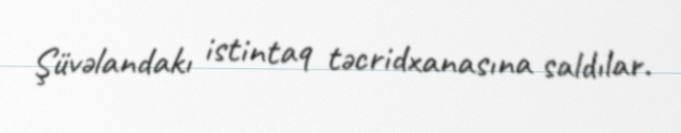
Şüvəlandakı istintaq təcridxanasına saldılar.